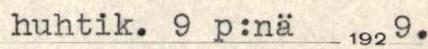
huhtik.9 p:nä 1929.